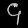
Digit: ၄